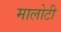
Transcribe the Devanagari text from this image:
मालोटी